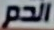
الدم